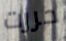
حررت